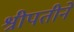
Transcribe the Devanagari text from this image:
श्रीपतीने